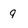
Character: 9